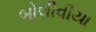
બોલીવીયા